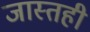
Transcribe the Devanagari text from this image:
जास्तही